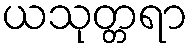
ယသုတ္တရာ